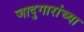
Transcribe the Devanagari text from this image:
जादुगारांच्या